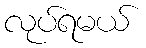
လုပ်ရမယ်